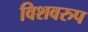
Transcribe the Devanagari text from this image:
विशवरुप